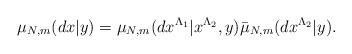
LaTeX: \begin{align*}\mu_{N,m} (dx|y) = \mu_{N,m} (dx^{\Lambda_1} | x^{\Lambda_2}, y) \bar{\mu}_{N,m} ( dx^{\Lambda_2} | y).\end{align*}